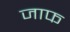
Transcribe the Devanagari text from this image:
जाफ